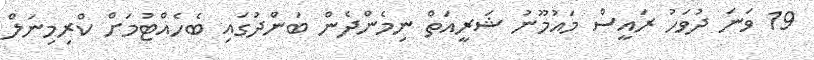
19 ވަނަ ދުވަހު ރައީސް މައުމޫނު ޝަރީއަތް ނިމެންދެން ބަންދުގައި ބެހެއްޓުމަށް ކްރިމިނަލް